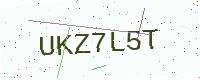
Text: UKZ7L5T